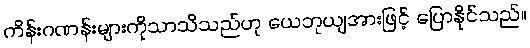
ကိန်းဂဏန်းများကိုသာသိသည်ဟု ယေဘုယျအားဖြင့် ပြောနိုင်သည်။